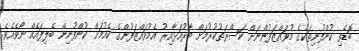
ބޮޑެތި ކުންފުނިތަކުގެ މުވައްޒަފުންނަށް ކަސްރަތުކުރުމަށް ބާރުއަޅާއިރު އެމުވައްޒަފުންގެ ކެއުމަށް ކުންފުނިން ބެލިފައެއް ނޯވެއެވެ.